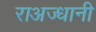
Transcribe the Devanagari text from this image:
राअज्धानी